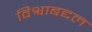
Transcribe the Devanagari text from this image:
विश्वाबद्दल